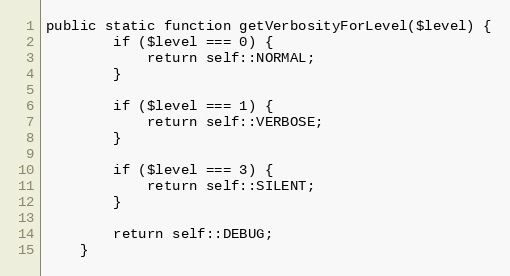
Language: PHP
public static function getVerbosityForLevel($level) {
        if ($level === 0) {
            return self::NORMAL;
        }

        if ($level === 1) {
            return self::VERBOSE;
        }

        if ($level === 3) {
            return self::SILENT;
        }

        return self::DEBUG;
    }